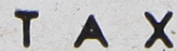
TAX